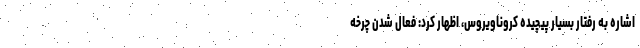
اشاره به رفتار بسیار پیچیده کروناویروس، اظهار کرد: فعال شدن چرخه